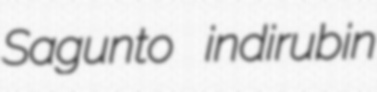
Sagunto indirubin